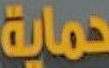
حماية